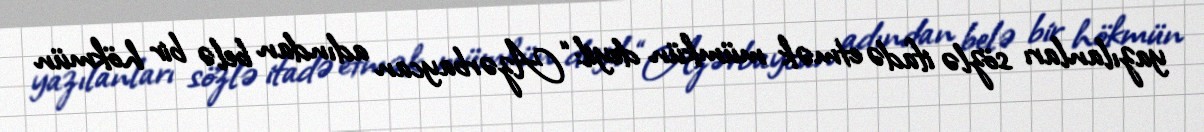
yazılanları sözlə ifadə etmək mümkün deyil: “Azərbaycan adından belə bir hökmün